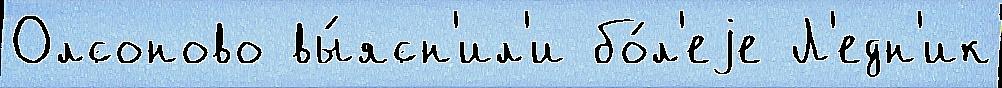
Олсоново вы́ясн'ил'и бо́л'еjе Л'едн'ик